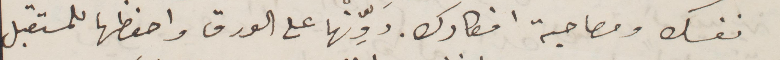
نفسك ومصاحبة افكارك. دوّنها على الورق احفظها للمستقبل